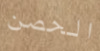
الحصن